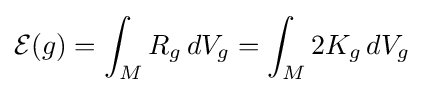
{\mathcal {E}}(g)=\int _{M}R_{g}\,dV_{g}=\int _{M}2K_{g}\,dV_{g}